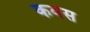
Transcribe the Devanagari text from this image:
कवस